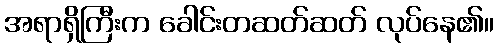
အရာရှိကြီးက ခေါင်းတဆတ်ဆတ် လုပ်နေ၏။